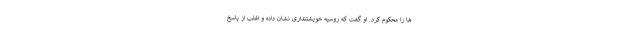
ها را محکوم کرد. او گفت كه روسیه خویشتنداری نشان داده و اغلب از پاسخ